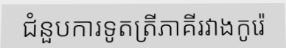
ជំនួបការទូតត្រីភាគីរវាងកូរ៉េ